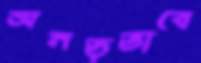
অনড়ভাবে